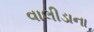
વાલીડાના